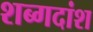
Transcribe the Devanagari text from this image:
शब्गदांश